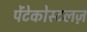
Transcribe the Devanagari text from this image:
पेंटेकोस्टलज़